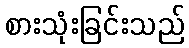
စားသုံးခြင်းသည်